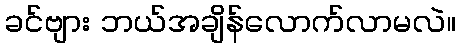
ခင်ဗျား ဘယ်အချိန်လောက်လာမလဲ။